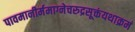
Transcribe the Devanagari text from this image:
पावमानीर्ममाग्नेचरुद्रसूक्तंयथाक्रमं